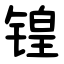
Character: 锽